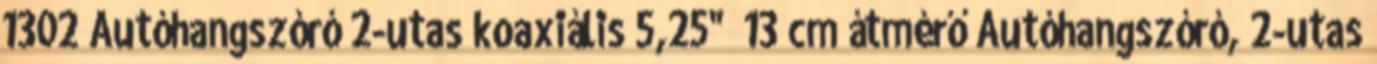
1302 Autóhangszóró 2-utas koaxiális 5,25" 13 cm átmérő Autóhangszóró, 2-utas